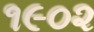
૧૯૦૨